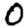
Digit: 0